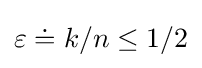
\varepsilon \doteq k/n\leq 1/2